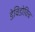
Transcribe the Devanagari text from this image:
डेविडोविच